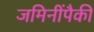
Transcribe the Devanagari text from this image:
जमिनींपैकी